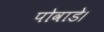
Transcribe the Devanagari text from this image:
पोवाडे।